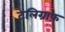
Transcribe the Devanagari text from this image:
टेलिग्राफ़